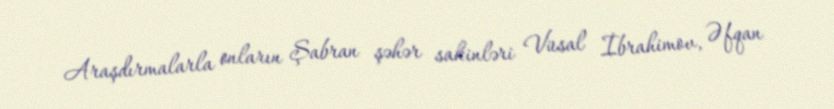
Araşdırmalarla onların Şabran şəhər sakinləri Vüsal İbrahimov, Əfqan